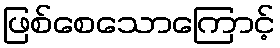
ဖြစ်စေသောကြောင့်